Report on the working of the Ranchi Indian Mental Hospital, Kanke, in Bihar and Orissa - 1930-1940
Year: 1930
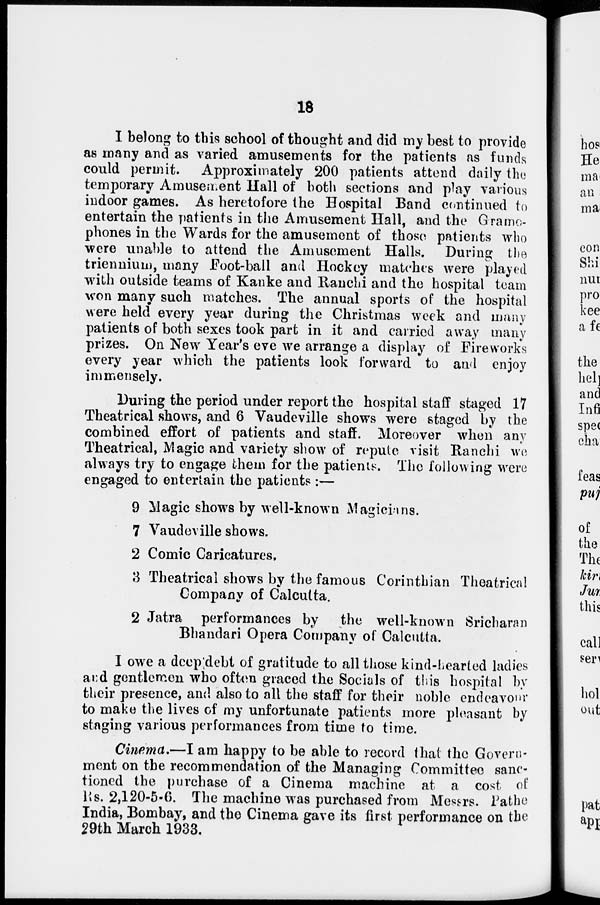
18
I belong to this school of thought and did my best to provide
as many and as varied amusements for the patients as funds
could permit. Approximately 200 patients attend daily the
temporary Amusement Hall of both sections and play various
indoor games. As heretofore the Hospital Band continued to
entertain the patients in the Amusement Hall, and the Gramo-
phones in the Wards for the amusement of those patients who
were unable to attend the Amusement Halls. During the
triennium, many Foot-ball and Hockey matches were played
with outside teams of Kanke and Ranchi and the hospital team
won many such matches. The annual sports of the hospital
were held every year during the Christmas week and many
patients of both sexes took part in it and carried away many
prizes. On New Year's eve we arrange a display of Fireworks
every year which the patients look forward to and enjoy
immensely.
During the period under report the hospital staff staged 17
Theatrical shows, and 6 Vaudeville shows were staged by the
combined effort of patients and staff. Moreover when any
Theatrical, Magic and variety show of repute visit Ranchi we
always try to engage them for the patients. The following were
engaged to entertain the patients :—
9 Magic shows by well-known Magicians.
7 Vaudeville shows.
2 Comic Caricatures,
3 Theatrical shows by the famous Corinthian Theatrical
Company of Calcutta.
2 Jatra performances by the well-known Sricharan
Bhandari Opera Company of Calcutta.
I owe a deep debt of gratitude to all those kind-hearted ladies
and gentlemen who often graced the Socials of this hospital by
their presence, and also to all the staff for their noble endeavour
to make the lives of my unfortunate patients more pleasant by
staging various performances from time to time.
Cinema.—I am happy to be able to record that the Govern-
ment on the recommendation of the Managing Committee sanc-
tioned the purchase of a Cinema machine at a cost of
Rs. 2,120-5-6. The machine was purchased from Messrs. Pathe
India, Bombay, and the Cinema gave its first performance on the
29th March 1933.